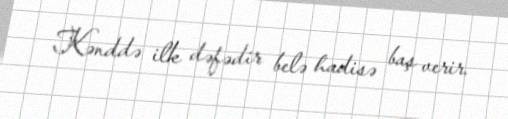
Kənddə ilk dəfədir belə hadisə baş verir.